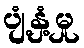
ပျံ့နှံ့မှု